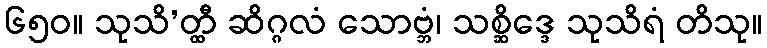
၆၅၀။ သုသိ’တ္ထီ ဆိဂ္ဂလံ သောဗ္ဘံ၊ သစ္ဆိဒ္ဒေ သုသိရံ တိသု။